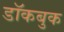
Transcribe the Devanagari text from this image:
डॉकबुक